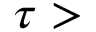
\tau >